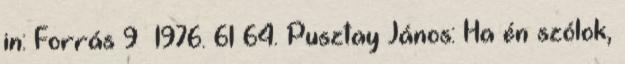
in: Forrás 9 1976. 61–64. Pusztay János: Ha én szólok,